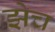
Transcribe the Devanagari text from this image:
झेच